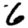
Digit: 6